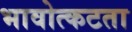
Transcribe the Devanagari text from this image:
भावोत्कटता